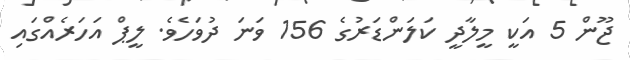
ޖޫން 5 އަކީ މީލާދީ ކަލަންޑަރުގެ 156 ވަނަ ދުވަހެވެ. ލީޕް އަހަރެއްގައި